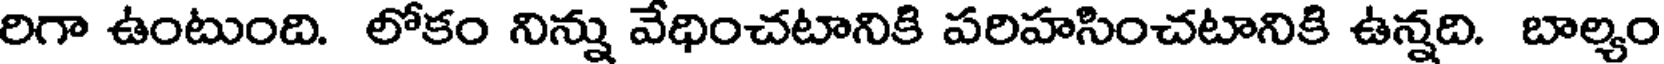
రిగా ఉంటుంది. లోకం నిన్ను వేధించటానికి పరిహసించటానికి ఉన్నది. బాల్యం